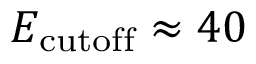
E _ { \mathrm { c u t o f f } } \approx 4 0